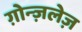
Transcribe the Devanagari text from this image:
ग़ोन्ज़लेज़